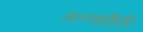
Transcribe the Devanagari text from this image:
तत्त्वांपैकी